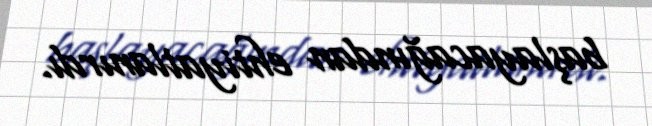
başlayacağından ehtiyatlanırdı.